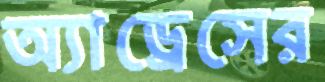
অ্যাড্রেসের